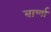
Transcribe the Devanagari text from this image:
बार्णा